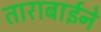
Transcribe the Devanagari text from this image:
ताराबाईने